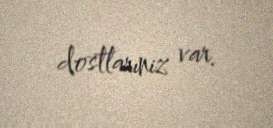
dostlarıniz var.